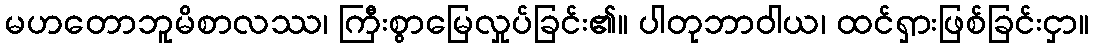
မဟတောဘူမိစာလဿ၊ ကြီးစွာမြေလှုပ်ခြင်း၏။ ပါတုဘာဝါယ၊ ထင်ရှားဖြစ်ခြင်းငှာ။